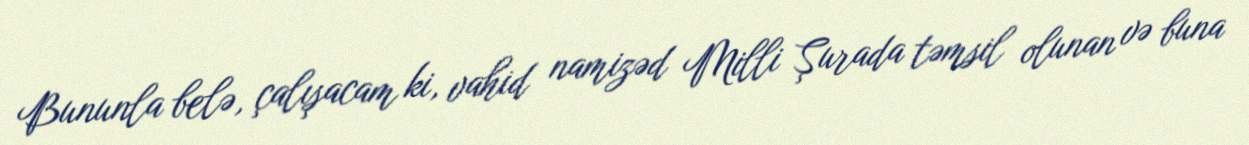
Bununla belə, çalışacam ki, vahid namizəd Milli Şurada təmsil olunan və buna